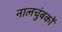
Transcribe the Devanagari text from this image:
नालचुंबकों